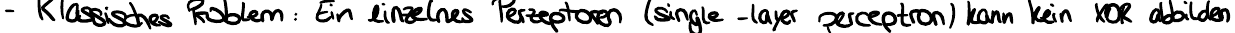
- Klassisches Problem: Ein einzelnes Perzeptron (single - layer perceptron) kann kein XOR abbilden